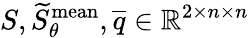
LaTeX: S,\widetilde{S}_{\theta}^{\mathrm{mean}},\overline{{q}}\in\mathbb{R}^{2\times n\times n}